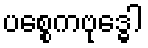
ပစ္စေကဗုဒ္ဓေါ